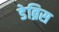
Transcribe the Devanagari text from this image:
डेब्रिस